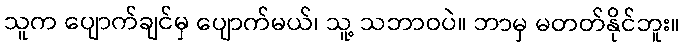
သူက ပျောက်ချင်မှ ပျောက်မယ်၊ သူ့ သဘာဝပဲ။ ဘာမှ မတတ်နိုင်ဘူး။